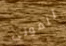
للموتى